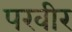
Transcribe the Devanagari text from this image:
परवीर